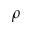
\rho